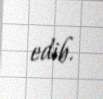
edib.